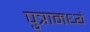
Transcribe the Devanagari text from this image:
पुत्रामध्ये